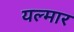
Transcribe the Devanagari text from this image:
यल्मार